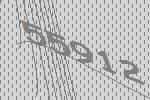
55912